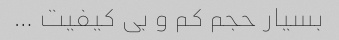
بسیار حجم کم و بی کیفیت …